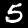
Label: 5